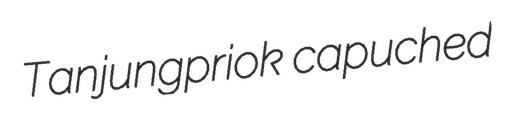
Tanjungpriok capuched